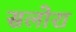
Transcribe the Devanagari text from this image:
सलोरा